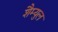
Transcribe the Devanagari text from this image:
शैम्युल